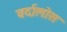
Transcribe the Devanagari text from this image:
वर्दालोस